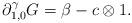
LaTeX: \begin{align*}\partial^{\gamma}_{1,0}G = \beta - c\otimes 1.\end{align*}